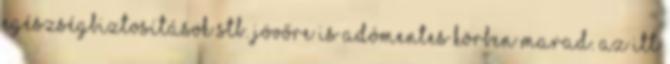
egészségbiztosítások stb. jövőre is adómentes körben marad. Az itt